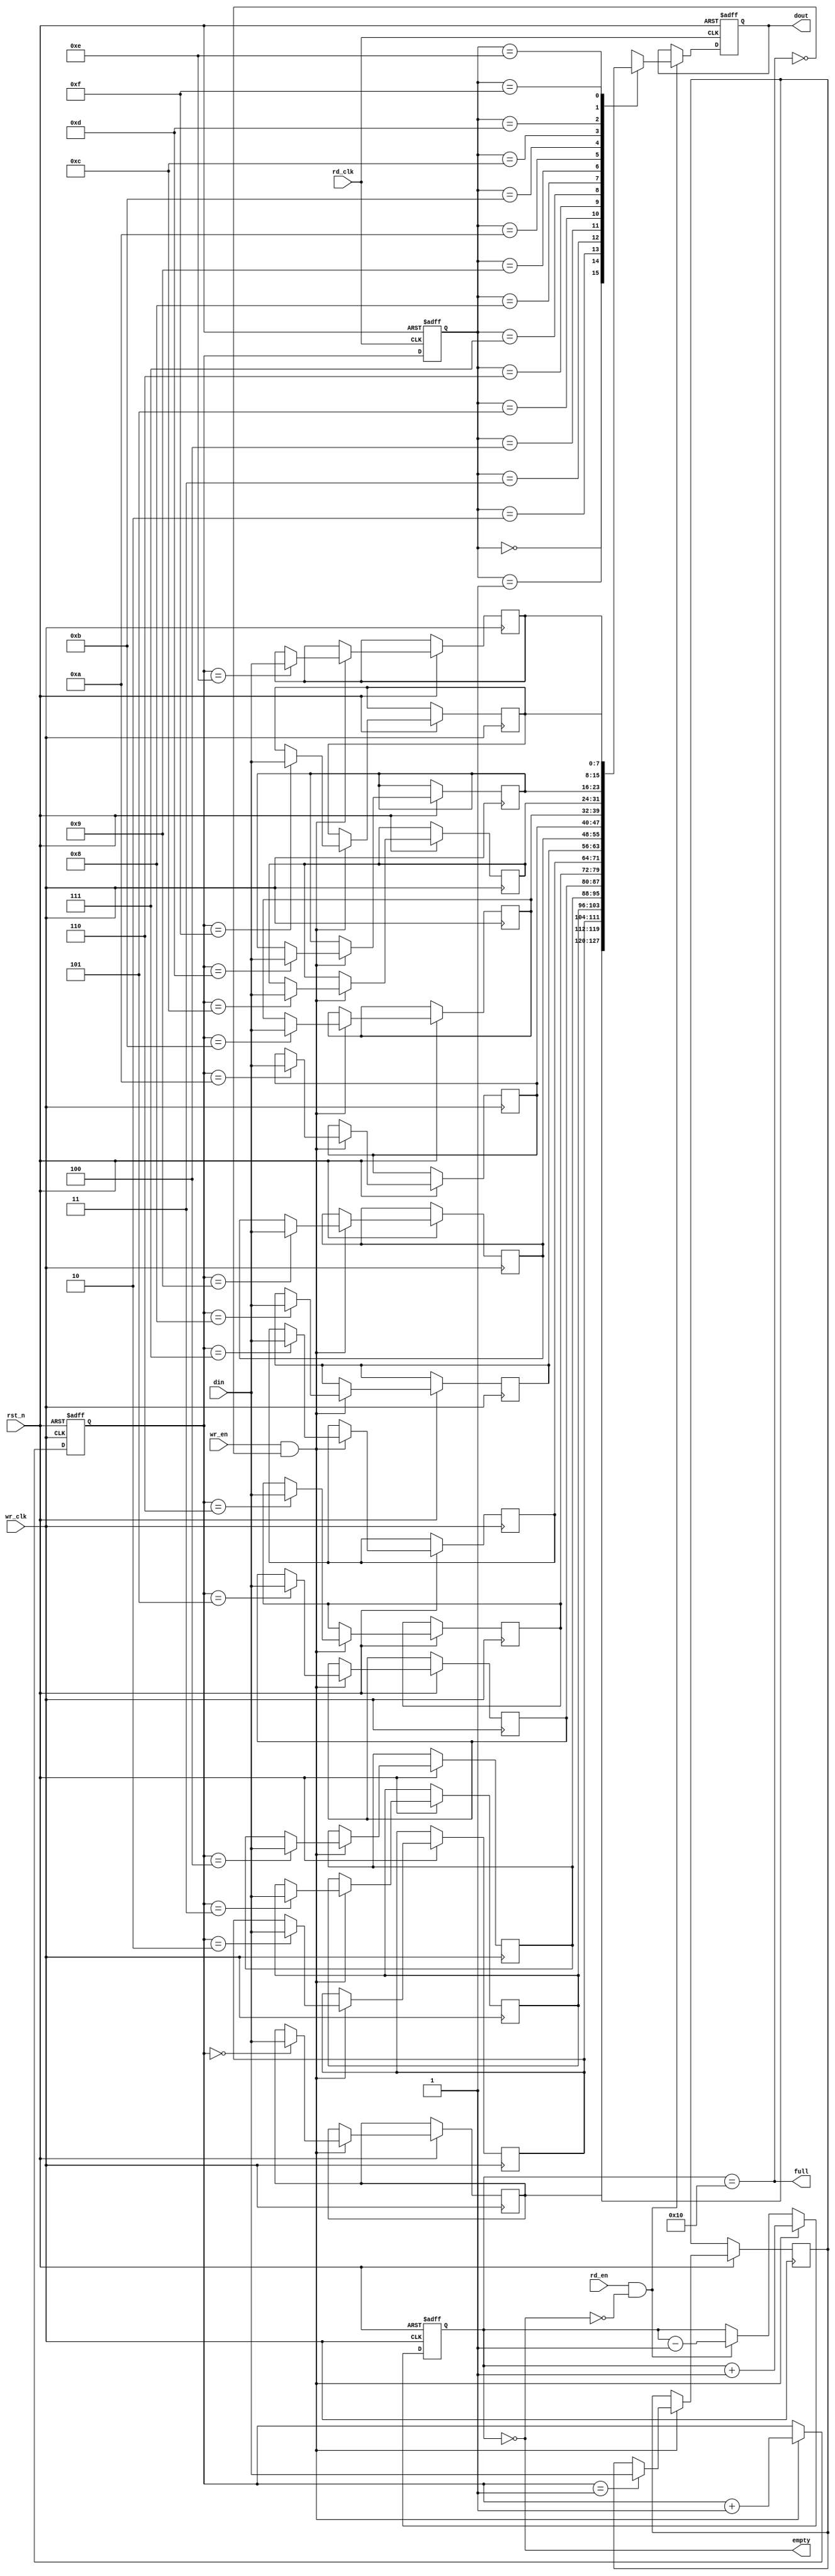
module async_fifo #(
    parameter DATA_WIDTH = 8,       // Width of data
    parameter FIFO_DEPTH = 16        // Depth of FIFO (must be a power of 2)
)(
    input wire wr_clk,               // Write clock
    input wire rd_clk,               // Read clock
    input wire rst_n,                // Active low reset
    input wire wr_en,                // Write enable
    input wire rd_en,                // Read enable
    input wire [DATA_WIDTH-1:0] din, // Data input
    output reg [DATA_WIDTH-1:0] dout,// Data output
    output reg full,                 // FIFO full flag
    output reg empty                 // FIFO empty flag
);

    // Memory array to hold FIFO data
    reg [DATA_WIDTH-1:0] fifo_mem [0:FIFO_DEPTH-1];

    // Write and read pointers
    reg [$clog2(FIFO_DEPTH)-1:0] wr_ptr;
    reg [$clog2(FIFO_DEPTH)-1:0] rd_ptr;
    reg [$clog2(FIFO_DEPTH):0] count; // Count of items in FIFO

    // Synchronization registers
    reg [$clog2(FIFO_DEPTH)-1:0] rd_ptr_sync;
    reg [$clog2(FIFO_DEPTH)-1:0] wr_ptr_sync;

    // Asynchronous reset
    always @(posedge wr_clk or negedge rst_n) begin
        if (!rst_n) begin
            wr_ptr <= 0;
        end else if (wr_en && !full) begin
            fifo_mem[wr_ptr] <= din;
            wr_ptr <= wr_ptr + 1;
        end
    end

    always @(posedge rd_clk or negedge rst_n) begin
        if (!rst_n) begin
            rd_ptr <= 0;
            dout <= 0;
        end else if (rd_en && !empty) begin
            dout <= fifo_mem[rd_ptr_sync];
            rd_ptr <= rd_ptr + 1;
        end
    end

    // Full and empty flag logic
    always @(*) begin
        full = (count == FIFO_DEPTH);
        empty = (count == 0);
    end

    // Count logic
    always @(posedge wr_clk or negedge rst_n) begin
        if (!rst_n) begin
            count <= 0;
        end else if (wr_en && !full) begin
            count <= count + 1;
        end else if (rd_en && !empty) begin
            count <= count - 1;
        end
    end

    // Synchronization for read pointer
    always @(posedge rd_clk or negedge rst_n) begin
        if (!rst_n) begin
            rd_ptr_sync <= 0;
        end else begin
            rd_ptr_sync <= wr_ptr; // Synchronize the write pointer
        end
    end

    // Synchronization for write pointer
    always @(posedge wr_clk or negedge rst_n) begin
        if (!rst_n) begin
            wr_ptr_sync <= 0;
        end else begin
            wr_ptr_sync <= rd_ptr; // Synchronize the read pointer
        end
    end

endmodule